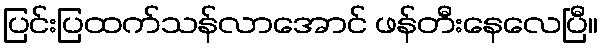
ပြင်းပြထက်သန်လာအောင် ဖန်တီးနေလေပြီ။